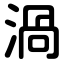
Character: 渦